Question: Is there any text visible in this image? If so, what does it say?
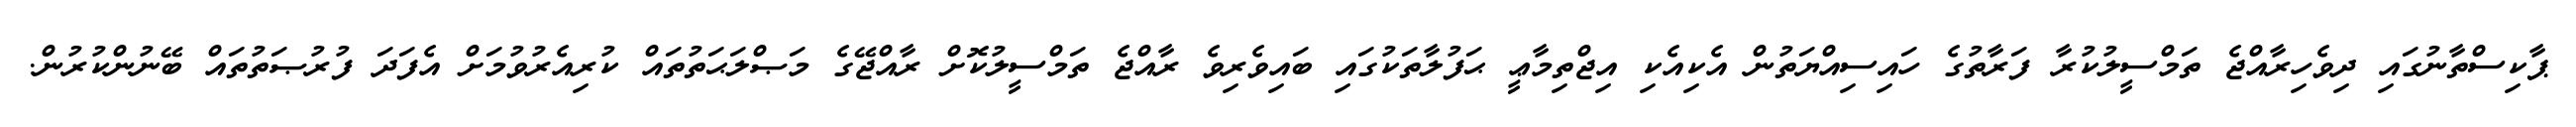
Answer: ޕާކިސްތާނުގައި ދިވެހިރާއްޖެ ތަމްސީލުކުރާ ފަރާތުގެ ހައިސިއްޔަތުން އެކިއެކި އިޖްތިމާޢީ ޙަފުލާތަކުގައި ބައިވެރިވެ ރާއްޖެ ތަމްސީލުކޮށް ރާއްޖޭގެ މަޞްލަޙަތުތައް ކުރިއެރުވުމަށް އެފަދަ ފުރުޞަތުތައް ބޭނުންކުރުން.